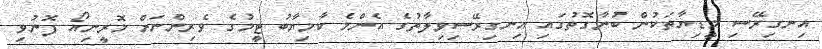
އިނގިރޭސި މީޑިޔާތަކުން ބުނާގޮތުގައި އިނގިރޭސިވިލާތުގެ އެންމެ ކާމިޔާބު ޓީމުގެ ވެރިންނަށް މޮރީނިއޯ ފޮނުވި